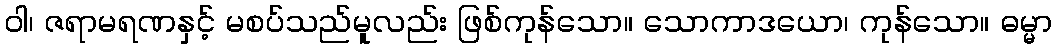
ဝါ၊ ဇရာမရဏနှင့် မစပ်သည်မူလည်း ဖြစ်ကုန်သော။ သောကာဒယော၊ ကုန်သော။ ဓမ္မာ